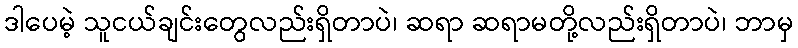
ဒါပေမဲ့ သူငယ်ချင်းတွေလည်းရှိတာပဲ၊ ဆရာ ဆရာမတို့လည်းရှိတာပဲ၊ ဘာမှ